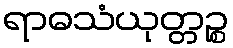
ရာဓသံယုတ္တဉ္စ